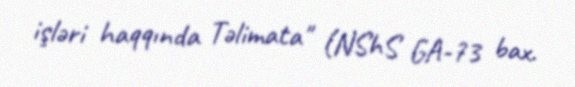
işləri haqqında Təlimata" (NShS GA-73 bax.